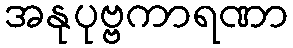
အနုပုဗ္ဗကာရဏာ